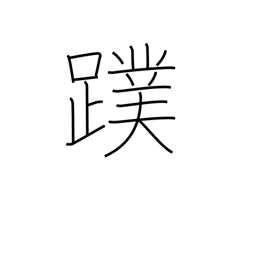
Meaning: webfoot